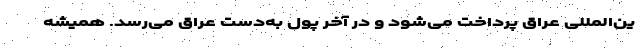
ین‌المللی عراق پرداخت می‌شود و در آخر پول به‌دست عراق می‌رسد. همیشه